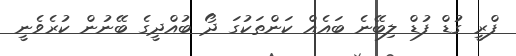
ފްރީ ގުޑް ފުޑް ލިބޭނެ ބައެއް ކަންތަކުގަ ދޯ ބުއްދީގެ ބޭނުން ކުރެވެނީ